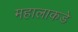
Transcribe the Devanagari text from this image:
महालाकडे